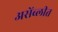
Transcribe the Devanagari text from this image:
असेंब्लीत